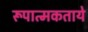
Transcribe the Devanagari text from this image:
रूपात्मकताये